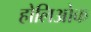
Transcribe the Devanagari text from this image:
होलिओक